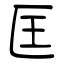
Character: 匡